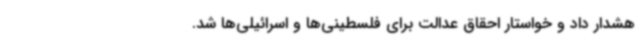
هشدار داد و خواستار احقاق عدالت برای فلسطینی‌ها و اسرائیلی‌ها شد.